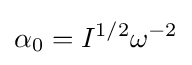
\alpha _{0}=I^{1/2}\omega ^{-2}